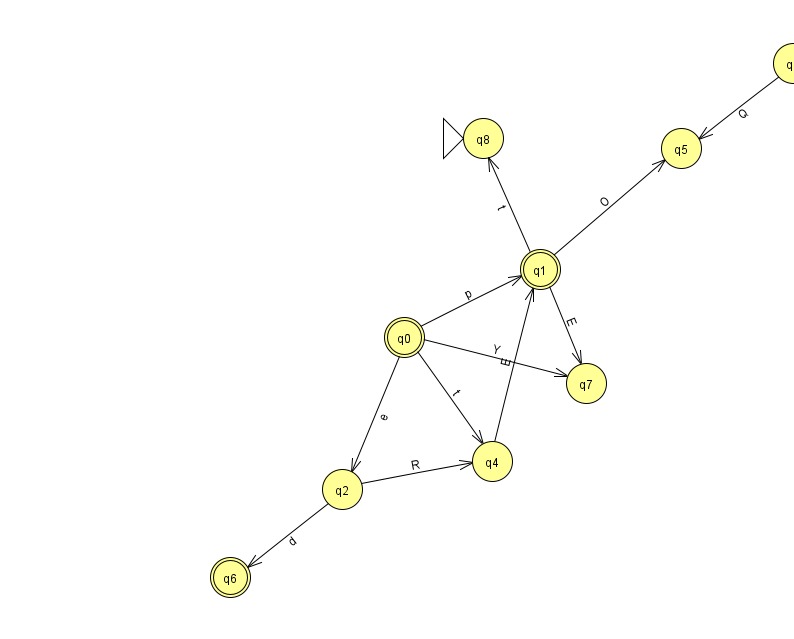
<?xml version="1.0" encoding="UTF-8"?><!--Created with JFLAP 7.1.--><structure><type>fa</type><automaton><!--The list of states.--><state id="0" name="q0"><x>404.0</x><y>324.0</y><final/></state><state id="1" name="q1"><x>540.0</x><y>256.0</y><final/></state><state id="2" name="q2"><x>342.0</x><y>476.0</y></state><state id="3" name="q3"><x>793.0</x><y>50.0</y></state><state id="4" name="q4"><x>492.0</x><y>448.0</y></state><state id="5" name="q5"><x>681.0</x><y>135.0</y></state><state id="6" name="q6"><x>230.0</x><y>564.0</y><final/></state><state id="7" name="q7"><x>586.0</x><y>370.0</y></state><state id="8" name="q8"><x>483.0</x><y>125.0</y><initial/></state><!--The list of transitions.--><transition><from>2</from><to>4</to><read>R</read></transition><transition><from>2</from><to>6</to><read>d</read></transition><transition><from>1</from><to>8</to><read>t</read></transition><transition><from>0</from><to>7</to><read>Y</read></transition><transition><from>0</from><to>1</to><read>p</read></transition><transition><from>3</from><to>5</to><read>Q</read></transition><transition><from>4</from><to>1</to><read>E</read></transition><transition><from>0</from><to>4</to><read>t</read></transition><transition><from>1</from><to>7</to><read>E</read></transition><transition><from>0</from><to>2</to><read>e</read></transition><transition><from>1</from><to>5</to><read>O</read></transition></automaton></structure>